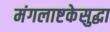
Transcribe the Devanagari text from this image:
मंगलाष्टकेसुद्धा